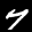
Label: 7